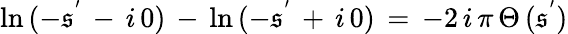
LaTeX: \ln\, (-\mathfrak{s}^{'}\, -\, i\, 0)\, -\, \ln\, (-\mathfrak{s}^{'}\, +\, i\, 0)\, =\, -2\, i\, \pi\, \Theta\, (\mathfrak{s}^{'})